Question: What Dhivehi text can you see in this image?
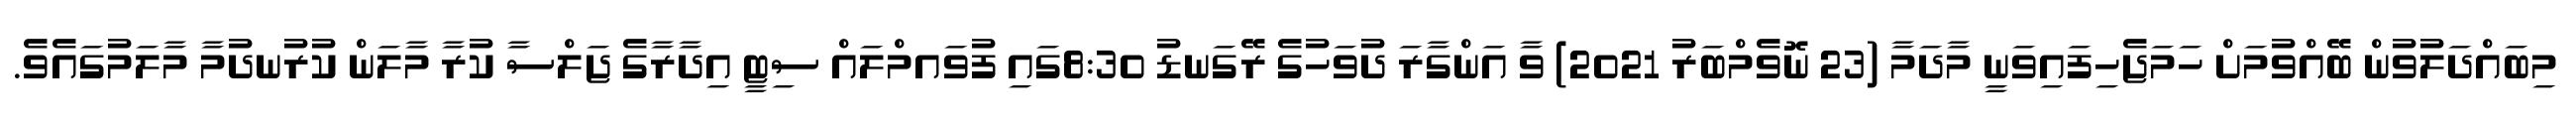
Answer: މިބައްދަލުވުން ބޭއްވުމަށް ހަމަޖެހިފައިވަނީ މާދަމާ (23 ނޮވެމްބަރު 2021) ވާ އަންގާރަ ދުވަހުގެ ރޭގަނޑު 8:30ގައި ފުވައމްލައް ސިޓީ އިދާރާގެ ޖަލްސާ ކުރާ މާލަން ކުރުނދުމާ މާލަމުގައެވެ.